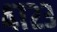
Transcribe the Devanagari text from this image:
४७२३